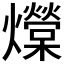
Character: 𰟺